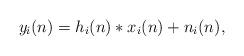
LaTeX: \begin{align*}y_i(n)=h_i(n)* x_i(n)+n_i(n),\end{align*}